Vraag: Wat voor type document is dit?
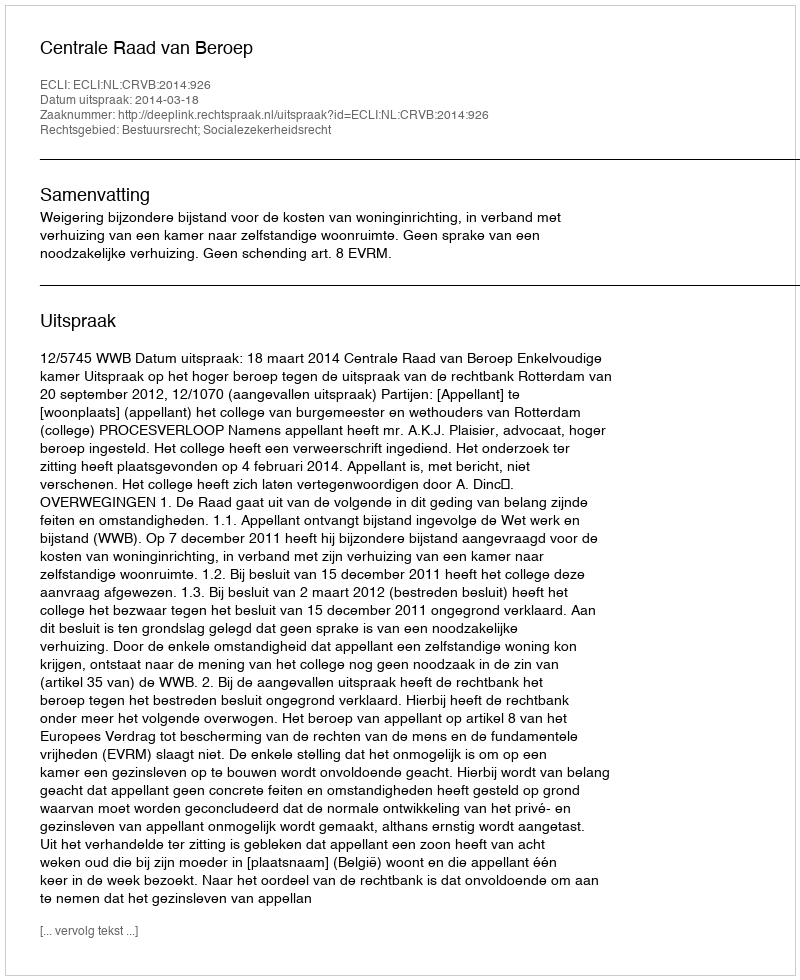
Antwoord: Uitspraak